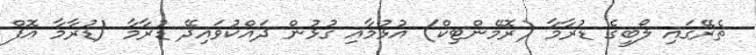
ތެރޭގައި ލޯބީގެ ޑުރާމާ (ރޮމޭންޓިކް) އުޅުމާއި ގުޅުން ދައްކުވައިދޭ ޑުރާމާ (ޑުރާމާ އޮފް